Indian journal of veterinary science and animal husbandry - Volume 14,
Year: 1944
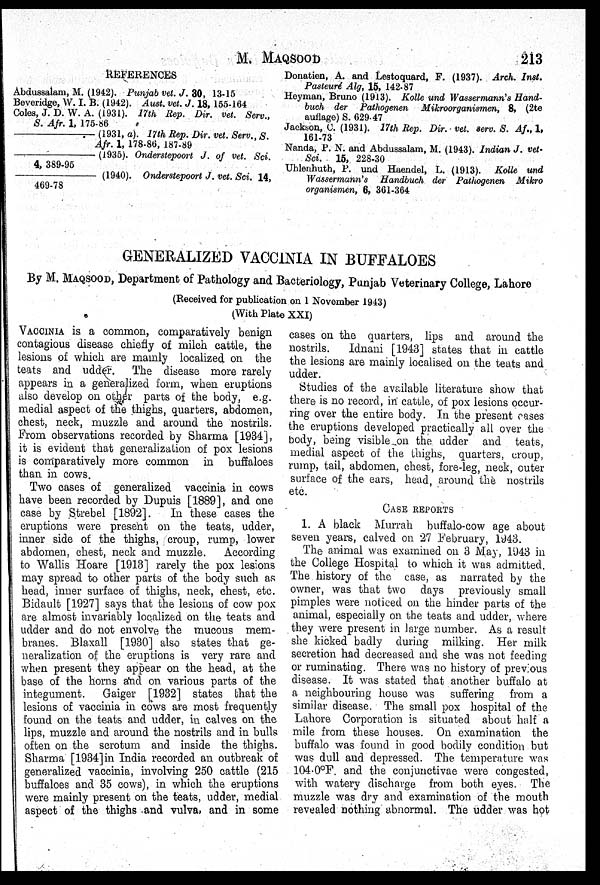
M.
MAQSOOD
213
REFERENCES
Abdussalam, M. (1942). Punjab vet. J. 30, 13-15
Beveridge, W. I. B. (1942). Aust. vet. J. 18, 155-164
Coles, J. D. W. A. (1931). 17th Rep. Dir. vet. Serv.,
S. Afr. 1, 175-86
—
(1931, a). 17th Rep. Dir. vet. Serv., S.
Afr. 1, 178-86, 187-89
—
(1935). Onderstepoort J. of vet. Sci.
4, 389-95
—
(1940). Onderstepoort J. vet. Sci. 14,
469-78
Donation, A. and Lestoquard, F. (1937). Arch. Inst.
Pasteuré Alg, 15, 142-87
Heyman, Bruno (1913). Kolle und Wassermann's Hand-
buch der Pathogenen Mikroorganismen, 8, (2te
auflage) S. 629-47
Jackson, C. (1931). 17th Rep. Dir. vet. serv. S. Af.,1,
161-73
Nanda, P. N. and Abdussalam, M. (1943). Indian J. vet-
Sci. 15, 228-30
Uhlenhuth, P. und Haendel, L. (1913). Kolle und
Wassermann's Handbuch der Pathogenen Mikro
organismen, 6, 361-364
GENERALIZED VACCINIA IN BUFFALOES
By M. MAQSOOD, Department of Pathology and Bacteriology, Punjab Veterinary College, Lahore
(Received for publication on 1 November 1943)
(With Plate XXI)
VACCINIA is a common, comparatively benign
contagious disease chiefly of milch cattle, the
lesions of which are mainly localized on the
teats and udder.
The disease more rarely
appears in a generalized form, when eruptions
also develop on other parts of the body, e.g.
medial aspect of the thighs, quarters, abdomen,
chest, neck, muzzle and around the nostrils.
From observations recorded by Sharma [1934],
it is evident that generalization of pox lesions
is comparatively more common in buffaloes
than in cows.
Two cases of generalized vaccinia in cows
have been recorded by Dupuis [1889], and one
case by Strebel [1892].
In these cases the
eruptions were present on the teats, udder,
inner side of the thighs, croup, rump, lower
abdomen, chest, neck and muzzle.
According
to Wallis Hoare [1913] rarely the pox lesions
may spread to other parts of the body such as
head, inner surface of thighs, neck, chest, etc.
Bidault [1927] says that the lesions of cow pox
are almost invariably localized on the teats and
udder and do not envolve the mucous mem-
branes. Blaxall [1930] also states that ge-
neralization of the eruptions is very rare and
when present they appear on the head, at the
base of the horns and on various parts of the
integument.
Gaiger [1932] states that the
lesions of vaccinia in cows are most frequently
found on the teats and udder, in calves on the
lips, muzzle and around the nostrils and in bulls
often on the scrotum and inside the thighs.
Sharma [1934] in India recorded an outbreak of
generalized vaccinia, involving 250 cattle (215
buffaloes and 35 cows), in which the eruptions
were mainly present on the teats, udder, medial
aspect of the thighs and vulva, and in some
cases on the quarters, lips and around the
nostrils.
Idnani [1943] states that in cattle
the lesions are mainly localised on the teats and
udder.
Studies of the available literature show that
there is no record, in cattle, of pox lesions occur-
ring over the entire body. In the present cases
the eruptions developed practically all over the
body, being visible on the udder and teats,
medial aspect of the thighs, quarters, croup,
rump, tail, abdomen, chest, fore-leg, neck, outer
surface of the ears, head, around the nostrils
etc.
CASE REPORTS
1. A black Murrah buffalo-cow age about
seven years, calved on 27 February, 1943.
The animal was examined on 3 May, 1943 in
the College Hospital to which it was admitted.
The history of the case, as narrated by the
owner, was that two days previously small
pimples were noticed on the hinder parts of the
animal, especially on the teats and udder, where
they were present in large number. As a result
she kicked badly during milking. Her milk
secretion had decreased and she was not feeding
or ruminating. There was no history of previous
disease. It was stated that another buffalo at
a neighbouring house was suffering from a
similar disease. The small pox hospital of the
Lahore Corporation is situated about half a
mile from these houses. On examination the
buffalo was found in good bodily condition but
was dull and depressed. The temperature was
104.0°F. and the conjunctivae were congested,
with watery discharge from both eyes. The
muzzle was dry and examination of the mouth
revealed nothing abnormal. The udder was hot